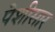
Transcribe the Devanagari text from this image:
पेशीसार